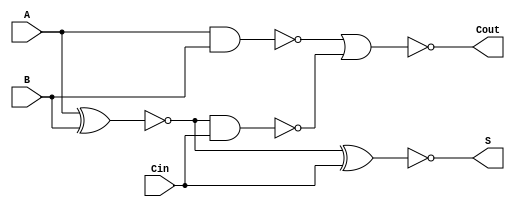
module NegativeCircuitFullAdder (
    input wire A,    // First input bit
    input wire B,    // Second input bit
    input wire Cin,  // Carry input bit
    output wire S,   // Sum output bit
    output wire Cout  // Carry output bit
);

// Intermediate signals
wire A_xor_B;      // A XOR B
wire A_and_B;      // A AND B
wire A_xor_B_and_Cin; // (A XOR B) AND Cin

// Compute A XOR B
assign A_xor_B = ~(A ^ B); // Inverted XOR for negative logic

// Compute Sum (S)
assign S = ~(A_xor_B ^ Cin); // S = NOT((A XOR B) XOR Cin)

// Compute Carry (Cout)
assign A_and_B = ~(A & B); // Inverted AND for negative logic
assign A_xor_B_and_Cin = ~(A_xor_B & Cin); // Inverted AND for negative logic
assign Cout = ~(A_and_B | A_xor_B_and_Cin); // Cout = NOT((A AND B) OR ((A XOR B) AND Cin))

endmodule